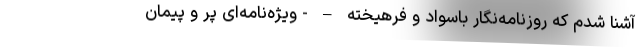
آشنا شدم که روزنامه‌نگار باسواد و فرهیخته – - ویژه‌نامه‌ای پُر و پیمان